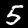
Digit: 5